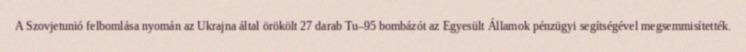
A Szovjetunió felbomlása nyomán az Ukrajna által örökölt 27 darab Tu–95 bombázót az Egyesült Államok pénzügyi segítségével megsemmisítették.